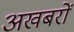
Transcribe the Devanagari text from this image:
अखबरों